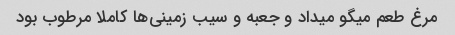
مرغ طعم میگو میداد و جعبه و سیب زمینی‌ها کاملا مرطوب بود